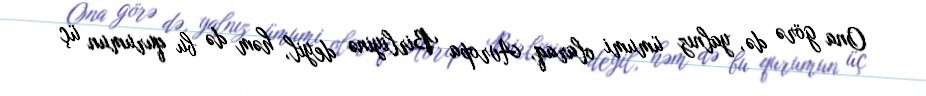
Ona görə də, yalnız ümumi olaraq, Avropa Birliyinə deyil, həm də bu qurumun üç